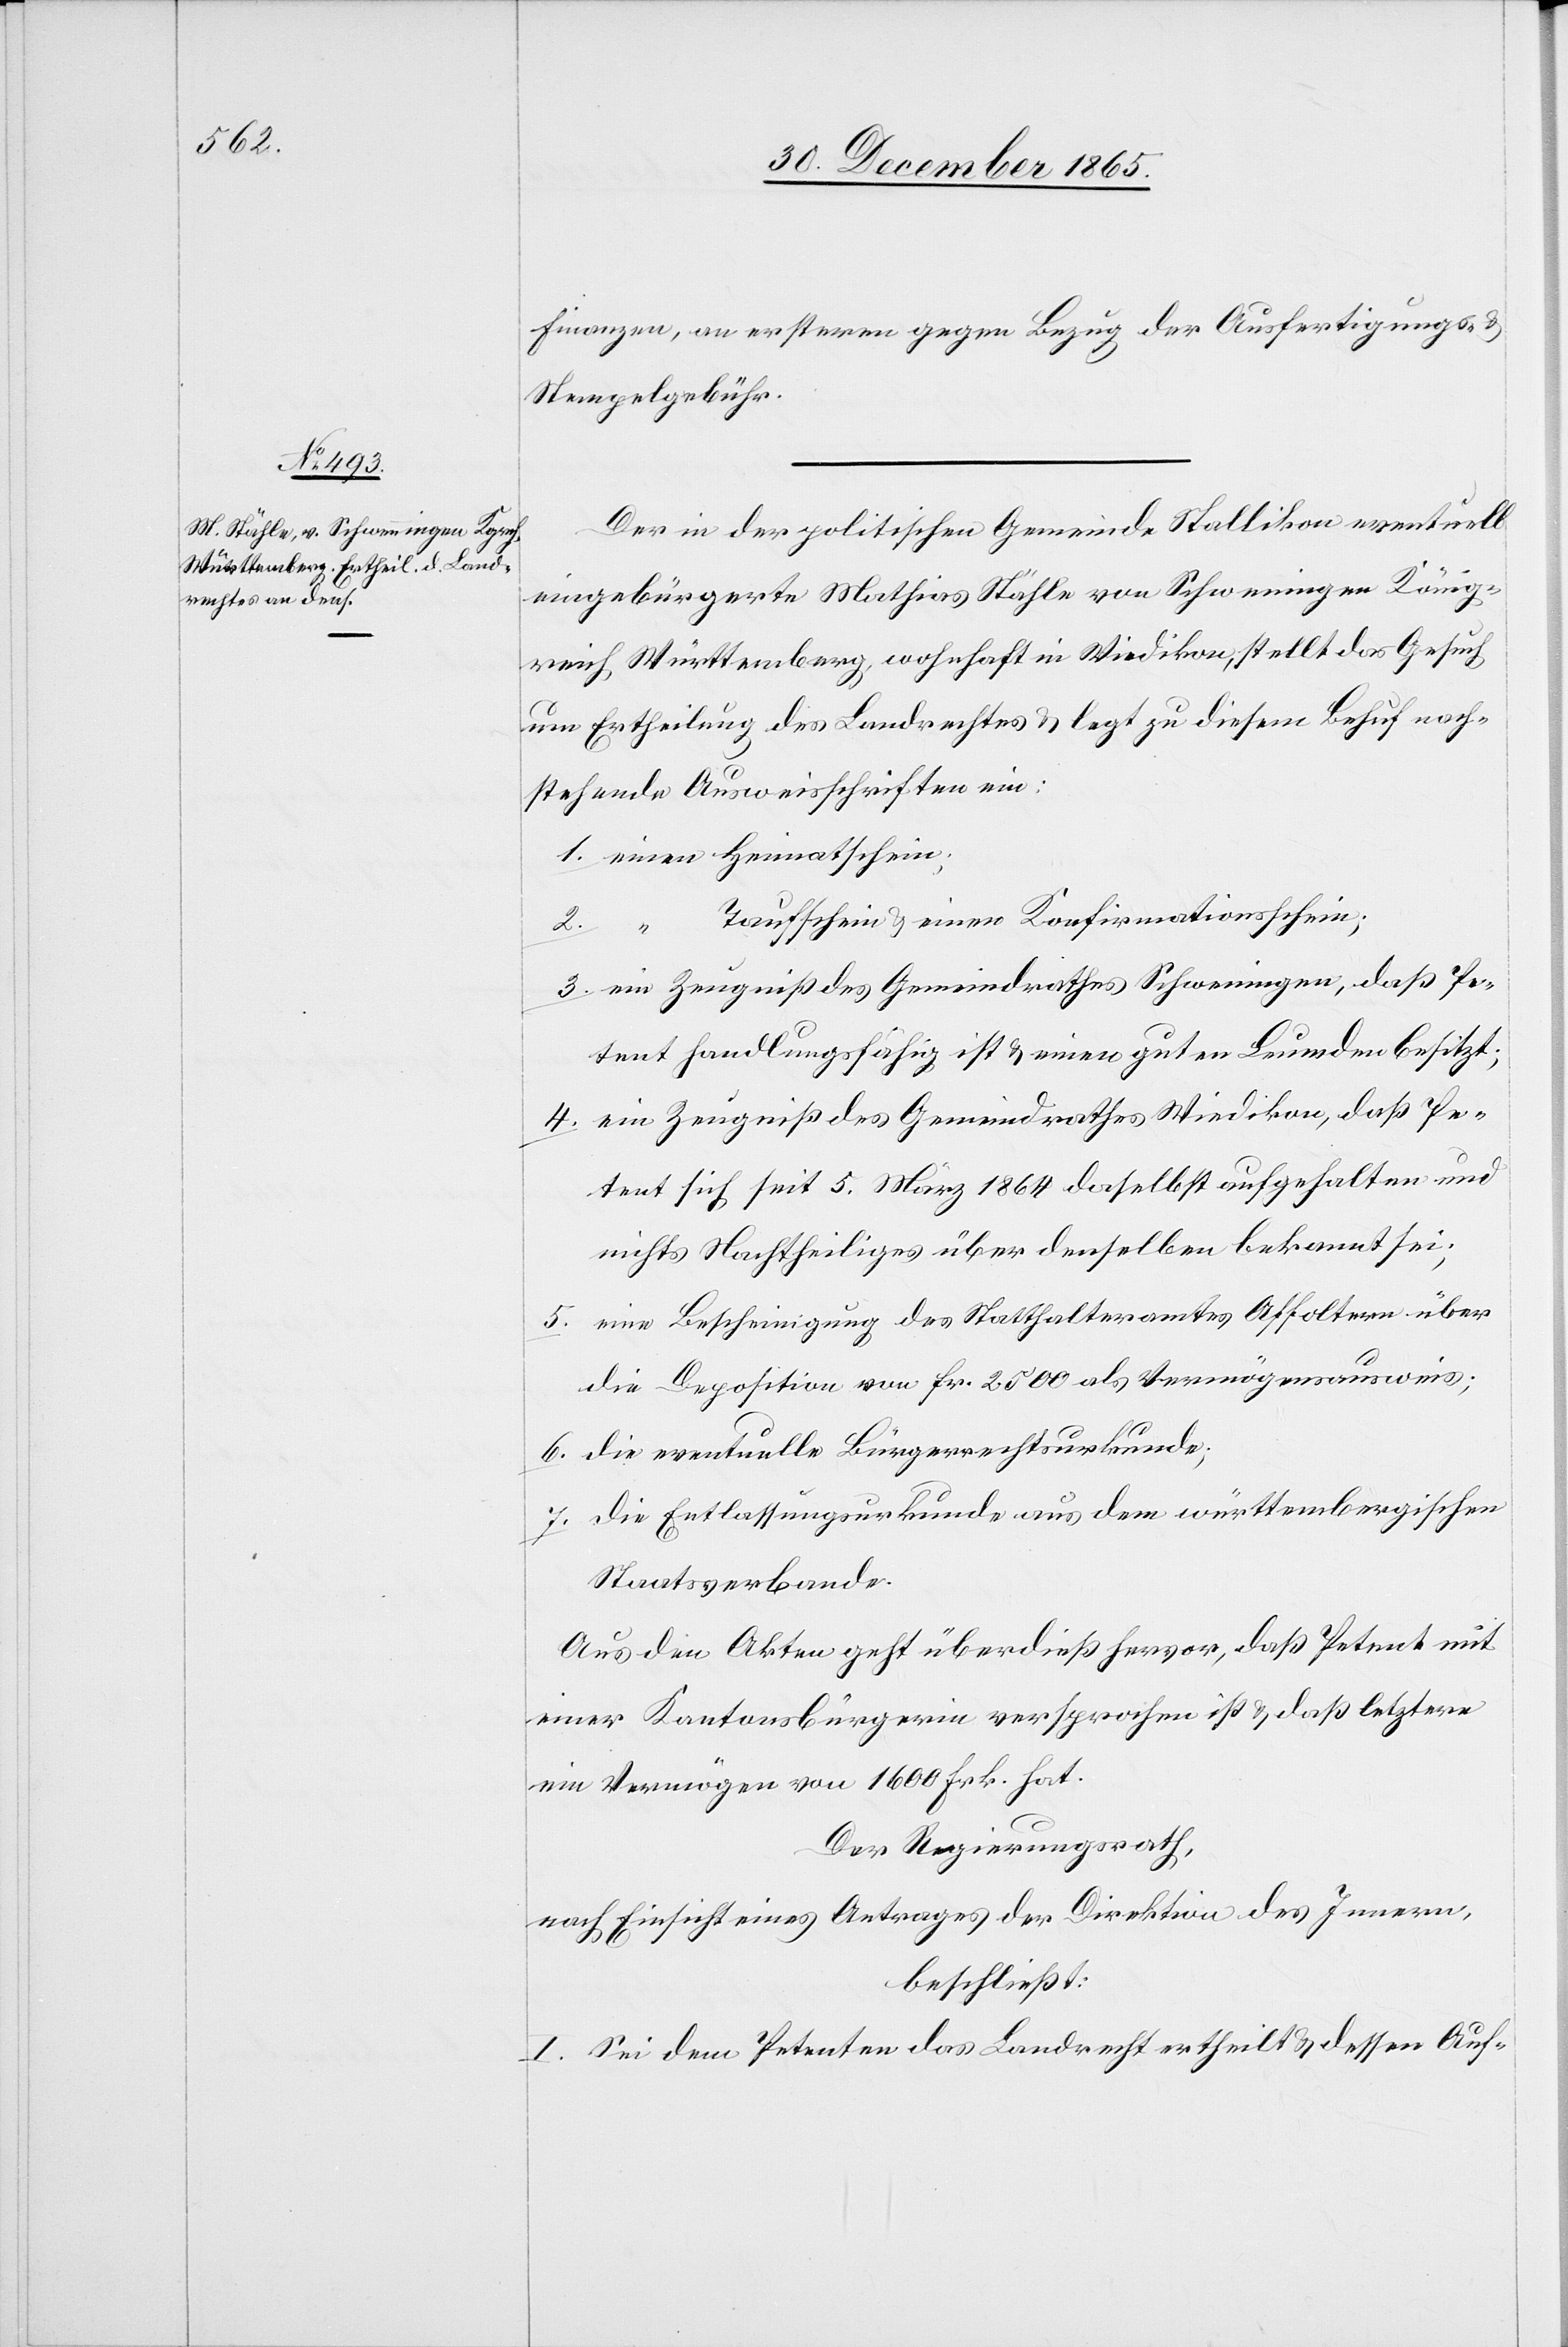
Finanzen, an ersteren gegen Bezug der Ausfertigungs- &
Stempelgebühren.
Der in der politischen Gemeinde Stallikon eventuell
eingebürgerte Mathias Stähle von Schweningen König¬
reich Württemberg, wohnhaft in Wiedikon, stellt das Gesuch
um Ertheilung des Landrechtes & legt zu diesem Behuf nach¬
stehende Ausweisschriften ein:
1. einen Heimatschein;
Taufschein & einen Konfirmationsschein;
3. ein Zeugniß des Gemeindrathes Schweningen, daß Pe¬
tent handlungsfähig ist & einen guten Leumund besitzt;
4. ein Zeugniß des Gemeindrathes Wiedikon, daß Pe¬
tent sich seit 5. März 1864 daselbst aufgehalten und
nichts Nachtheiliges über denselben bekannt sei;
5. eine Bescheinigung des Statthalteramtes Affoltern über
die Deposition von Fr. 2500 als Vermögensausweis;
6. die eventuelle Bürgerrechtsurkunde;
7. Die Entlassungsurkunde aus dem württembergischen
Staatsverbande.
Aus den Akten geht überdieß hervor, daß Petent mit
einer Kantonsbürgerin versprochen ist & daß letztere
ein Vermögen von 1600 Frk. hat.
Der Regierungsrath,
nach Einsicht eines Antrages der Direktion des Innern,
beschließt:
I. Sei dem Petenten das Landrecht ertheilt & dessen Auf-